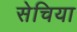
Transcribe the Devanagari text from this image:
सेचिया